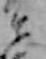
そ